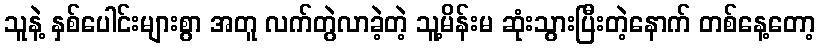
သူနဲ့ နှစ်ပေါင်းများစွာ အတူ လက်တွဲလာခဲ့တဲ့ သူ့မိန်းမ ဆုံးသွားပြီးတဲ့နောက် တစ်နေ့တော့